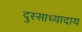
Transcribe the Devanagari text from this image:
दुस्साध्यादाय